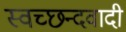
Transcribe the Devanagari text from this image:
स्वच्छन्दवादी